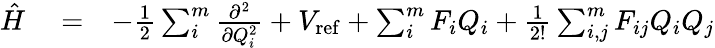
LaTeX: \begin{array}{rlr}{\hat{H}}&{{}=}&{-\frac{1}{2}\sum_{i}^{m}\frac{\partial^{2}}{\partial Q_{i}^{2}}+V_{\mathrm{ref}}+\sum_{i}^{m}F_{i}Q_{i}+\frac{1}{2!}\sum_{i,j}^{m}F_{ij}Q_{i}Q_{j}}\end{array}